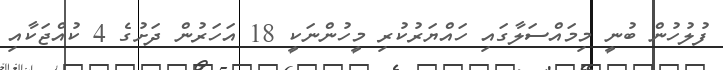
ފުލުހުން ބުނީ މިމައްސަލާގައި ހައްޔަރުކުރި މީހުންނަކީ 18 އަހަރުން ދަށުގެ 4 ކުއްޖަކާއި